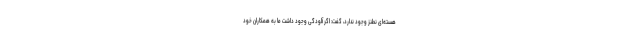
هسته‌ای نطنز وجود ندارد، گفت: اگر آلودگی وجود داشت ما به همکاران خود